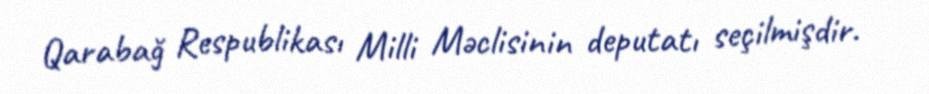
Qarabağ Respublikası Milli Məclisinin deputatı seçilmişdir.